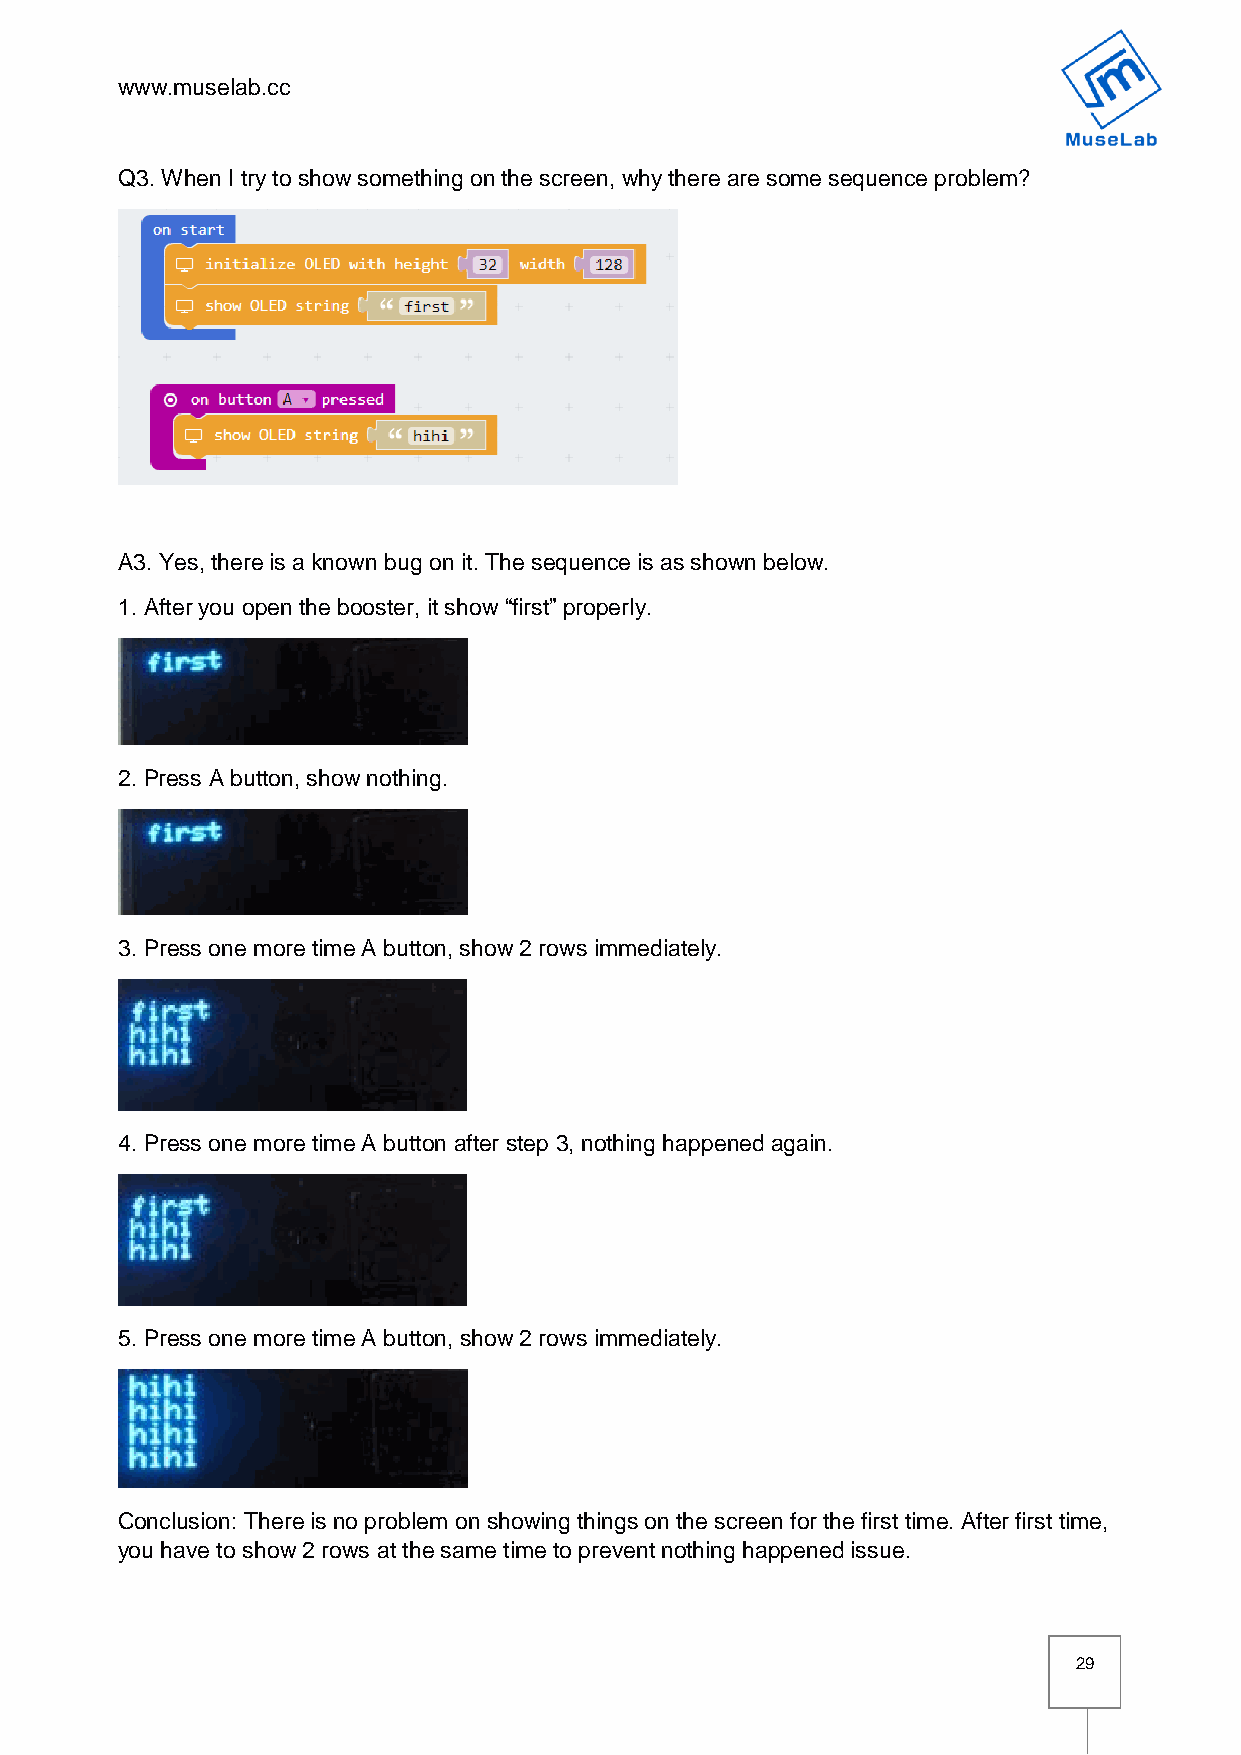
www.muselab.cc
 Q3. When I try to show something on the screen, why there are some sequence problem?
 A3. Yes, there is a known bug on it. The sequence is as shown below.
 1. After you open the booster, it show “first” properly.
 2. Press A button, show nothing.
 3. Press one more time A button, show 2 rows immediately.
 4. Press one more time A button after step 3, nothing happened again.
 5. Press one more time A button, show 2 rows immediately.
 Conclusion: There is no problem on showing things on the screen for the first time. After first time,
 you have to show 2 rows at the same time to prevent nothing happened issue.
 29